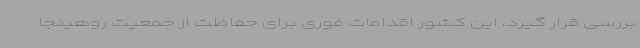
بررسی قرار گیرد، این کشور اقدامات فوری برای حفاظت از جمعیت روهینجا